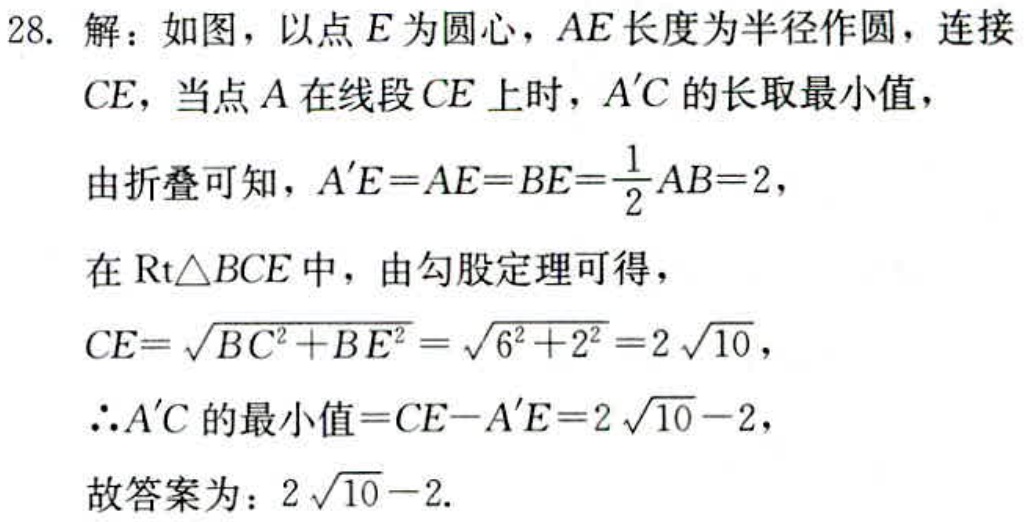
28. 解：如图，以点\(E\)为圆心，\(AE\)长度为半径作圆，连接\(CE\)，当点\(A\)在线段\(CE\)上时，\(A'C\)的长取最小值，
由折叠可知，\(A'E = AE = BE=\frac{1}{2}AB = 2\)，
在\(Rt\triangle BCE\)中，由勾股定理可得，
\(CE=\sqrt{BC^{2}+BE^{2}}=\sqrt{6^{2}+2^{2}} = 2\sqrt{10}\)，
\(\therefore A'C\)的最小值\(=CE - A'E=2\sqrt{10}-2\)，
故答案为：\(2\sqrt{10}-2\).